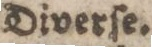
Diverſe.